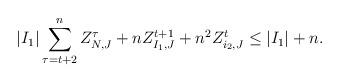
LaTeX: \begin{align*}\lvert I_1 \rvert \sum_{\tau=t+2}^n Z_{N,J}^{\tau}+n Z_{I_1,J}^{t+1}+n^2 Z_{i_2,J}^{t}\leq \lvert I_1 \rvert +n .\end{align*}